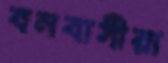
বনবাসীরা